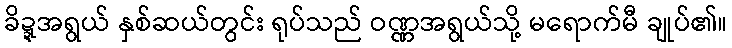
ခိဍ္ဍအရွယ် နှစ်ဆယ်တွင်း ရုပ်သည် ဝဏ္ဏအရွယ်သို့ မရောက်မီ ချုပ်၏။